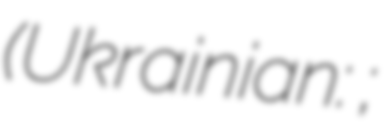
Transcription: (Ukrainian: Олександр Олександрович Масалов;